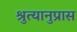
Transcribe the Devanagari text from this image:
श्रुत्यानुप्रास